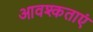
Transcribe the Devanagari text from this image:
आवश्कताएं